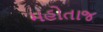
મહોતાજ